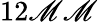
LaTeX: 12\mathscr{M}\mathscr{M}